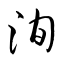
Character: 洵